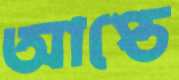
আপ্তে